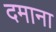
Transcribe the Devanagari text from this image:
दमाना